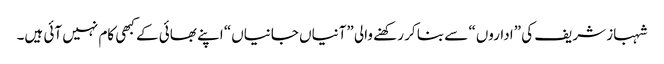
شہباز شریف کی ”اداروں“ سے بنا کر رکھنے والی ”آنیاں جانیاں“ اپنے بھائی کے کبھی کام نہیں آئی ہیں۔